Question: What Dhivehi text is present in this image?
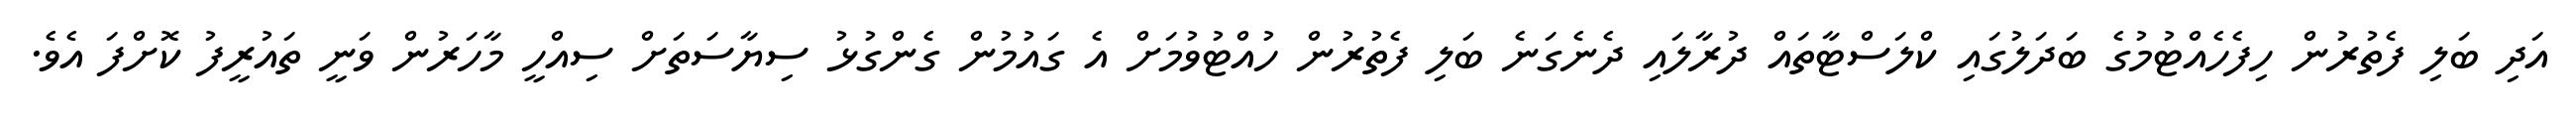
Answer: އަދި ބަލި ފެތުރުން ހިފެހެއްޓުމުގެ ބަދަލުގައި ކްލަސްޓާތައް ދުރާލައި ދެނެގަނެ ބަލި ފެތުރުން ހުއްޓުވުމަށް އެ ގައުމުން ގެންގުޅު ސިޔާސަތަށް ސިއްހީ މާހަރުން ވަނީ ތައުރީފު ކޮށްފަ އެވެ.